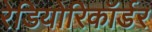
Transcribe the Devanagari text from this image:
रेडियोरिकॉर्डर